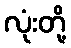
လုံးတို့